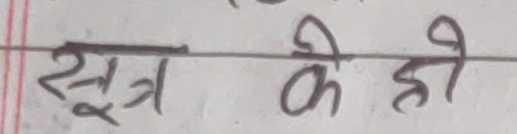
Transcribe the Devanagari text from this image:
सूत्र के ही